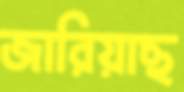
জারিয়াছ